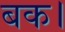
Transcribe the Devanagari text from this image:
बक।